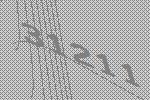
31211